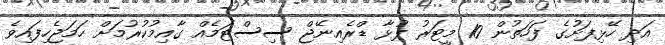
އަދި ހޭޅިފަށުގެ ފަހަތުން 10 މީޓަރު ފުޅާ ޑްރެއިނޭޖް ސިސްޓަމެއް ގާއިމުކުރުމަށް ހަމަޖެހިފައިވެ